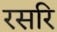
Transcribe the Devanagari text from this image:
रसरि